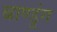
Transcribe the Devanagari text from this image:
बाण्डुंग